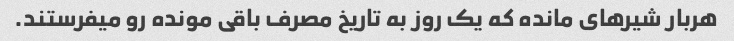
هربار شیرهای مانده که یک روز به تاریخ مصرف باقی مونده رو میفرستند.